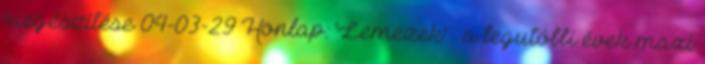
kiegészítése 04-03-29 Honlap: 'Lemezek' » a legutóbbi évek maxi